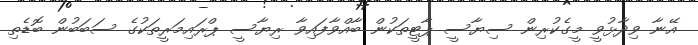
އޭނާ ވިދާޅުވީ މީގެކުރިން ސިޔާސީ ޕާޓީތަކުން ބާއްވާފައިވާ ރިޔާސީ ޕްރައިމަރީތަކުގެ ސަބަބުން ބޮޑެތި